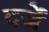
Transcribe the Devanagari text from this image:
दर्जें